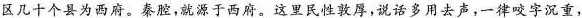
区几十个县为西府。秦腔,就源于西府。这里民性敦厚,说话多用去声,一律咬字沉重，